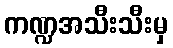
ကဏ္ဍအသီးသီးမှ